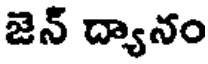
జెన్ ద్యానం